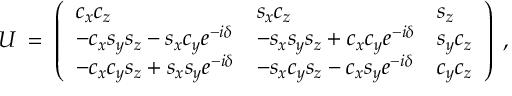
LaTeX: U \; = \; \left( \begin{array} { l l l } { { c _ { x } c _ { z } } } & { { s _ { x } c _ { z } } } & { { s _ { z } } } \\ { { - c _ { x } s _ { y } s _ { z } - s _ { x } c _ { y } e ^ { - i \delta } } } & { { - s _ { x } s _ { y } s _ { z } + c _ { x } c _ { y } e ^ { - i \delta } } } & { { s _ { y } c _ { z } } } \\ { { - c _ { x } c _ { y } s _ { z } + s _ { x } s _ { y } e ^ { - i \delta } } } & { { - s _ { x } c _ { y } s _ { z } - c _ { x } s _ { y } e ^ { - i \delta } } } & { { c _ { y } c _ { z } } } \end{array} \right) \; ,